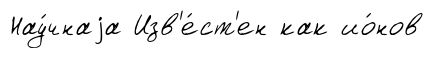
Нау́чнаjа Изв'е́ст'ен как ио́нов